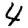
Digit: 4